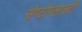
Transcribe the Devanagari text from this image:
सेप्टोप्लास्टी